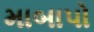
માબાપો